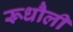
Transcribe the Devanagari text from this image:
रूधौली